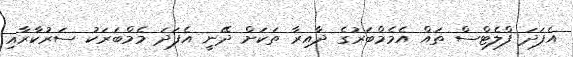
އެފަދަ ފްލެޓްސް ތައް އެމެމްބަރުގެ ދާއިރާ ތަކަށް ދޭނީ އެފަދަ މެމްބަރަކު ސަރުކާރާއި